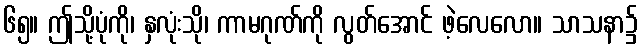
၆၅။ ဤသို့ပုံကို၊ နှလုံးသို၊ ကာမဂုဏ်ကို လွတ်အောင် ဖဲ့လေလော။ သာသနာ၌